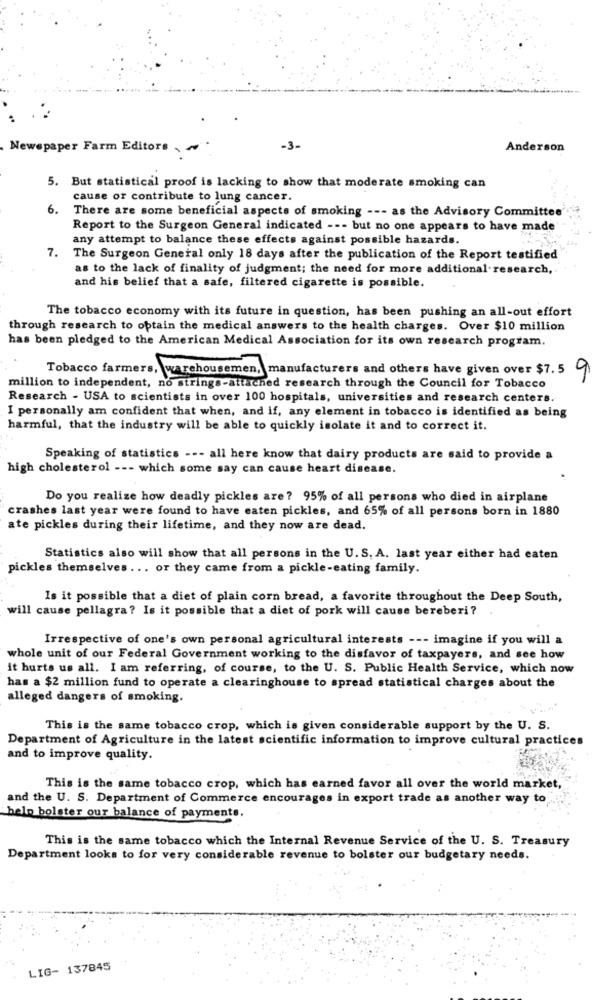
Newspaper Farm Editors
-3-
Anderson
5. But statistical proof is lacking to show that moderate smoking can
cause of contribute to lung cancer.
6.
There are some beneficial aspects of smoking --- as the Advisory Committee
Report to the Surgeon General indicated --- but no one appears to have made'
any attempt to balance these effects against possible hazards.
7.
The Surgeon General only 18 days after the publication of the Report testified
as to the lack of finality of judgment; the need for more additional research,
and his belief that a safe, filtered cigarette is possible.
The tobacco economy with its future in question, has been pushing an all-out effort
through research to obtain the medical answers to the health charges. Over $10 million
has been pledged to the American Medical Association for its own research program.
Tobacco farmers, warehousemen, manufacturers and others have given over $7.5
9
million to independent, no strings-attached research through the Council for Tobacco
Research - USA to scientists in over 100 hospitals, universities and research centers.
I personally am confident that when, and if, any element in tobacco is identified as being
harmful, that the industry will be able to quickly isolate it and to correct it.
Speaking of statistics --- all here know that dairy products are said to provide a
high cholesterol --- which some say can cause heart disease.
Do you realize how deadly pickles are ? 95% of all persons who died in airplane
crashes last year were found to have eaten pickles, and 65% of all persons born in 1880
ate pickles during their lifetime, and they now are dead.
Statistics also will show that all persons in the U. S. A. last year either had eaten
pickles themselves ... or they came from a pickle-eating family.
Is it possible that a diet of plain corn bread, a favorite throughout the Deep South,
will cause pellagra? Is it possible that a diet of pork will cause bereberi?
Irrespective of one's own personal agricultural interests --- imagine if you will a
whole unit of our Federal Government working to the disfavor of taxpayers, and see how
it hurts us all. I am referring, of course, to the U. S. Public Health Service, which now
has a $2 million fund to operate a clearinghouse to spread statistical charges about the
alleged dangers of smoking.
This is the same tobacco crop, which is given considerable support by the U. S.
Department of Agriculture in the latest scientific information to improve cultural practices
and to improve quality.
This is the same tobacco crop, which has earned favor all over the world market,
and the U. S. Department of Commerce encourages in export trade as another way to
help bolster our balance of payments.
This is the same tobacco which the Internal Revenue Service of the U. S. Treasury
Department looks to for very considerable revenue to bolster our budgetary needs.
LIG- 137845